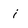
Character: i